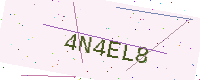
Text: 4N4EL8